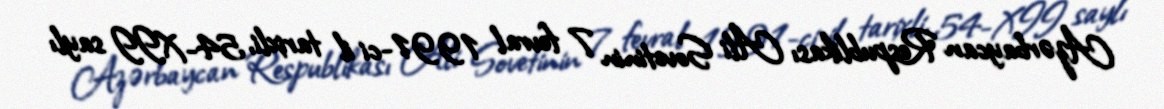
Azərbaycan Respublikası Ali Sovetinin 7 fevral 1991-ci il tarixli, 54-XII saylı